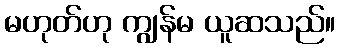
မဟုတ်ဟု ကျွန်မ ယူဆသည်။